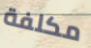
مكلفة